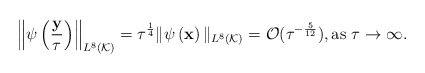
\begin{align*} \left\|\psi\left(\frac{\mathbf y}{\tau}\right)\right\|_{L^8(\mathcal K)}=\tau^{\frac{1}{4}}\|\psi\left(\mathbf x\right)\|_{L^8(\mathcal K)}=\mathcal O(\tau^{-\frac{5}{12}}),\mbox{as $\tau \rightarrow \infty$. } \end{align*}